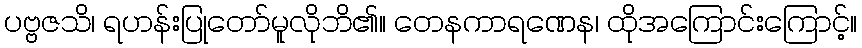
ပဗ္ဗဇသိ၊ ရဟန်းပြုတော်မူလိုဘိ၏။ တေနကာရဏေန၊ ထိုအကြောင်းကြောင့်။